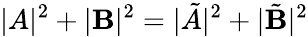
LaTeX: |A|^{2}+|\mathbf{B}|^{2}=|\tilde{{A}}|^{2}+|\tilde{{\mathbf{B}}}|^{2}